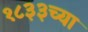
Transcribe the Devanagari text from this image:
१८३३च्या